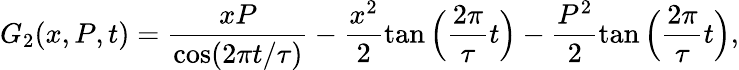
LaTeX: G_{2}(x,P,t)=\frac{xP}{\cos(2\pi t/\tau)}-\frac{x^{2}}{2}\tan\Big(\frac{2\pi}{\tau}t\Big)-\frac{P^{2}}{2}\tan\Big(\frac{2\pi}{\tau}t\Big),